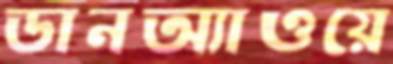
ডানঅ্যাওয়ে